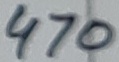
Text: 470